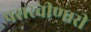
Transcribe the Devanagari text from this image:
पसरवीणारी